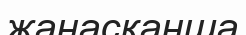
жанасқанша